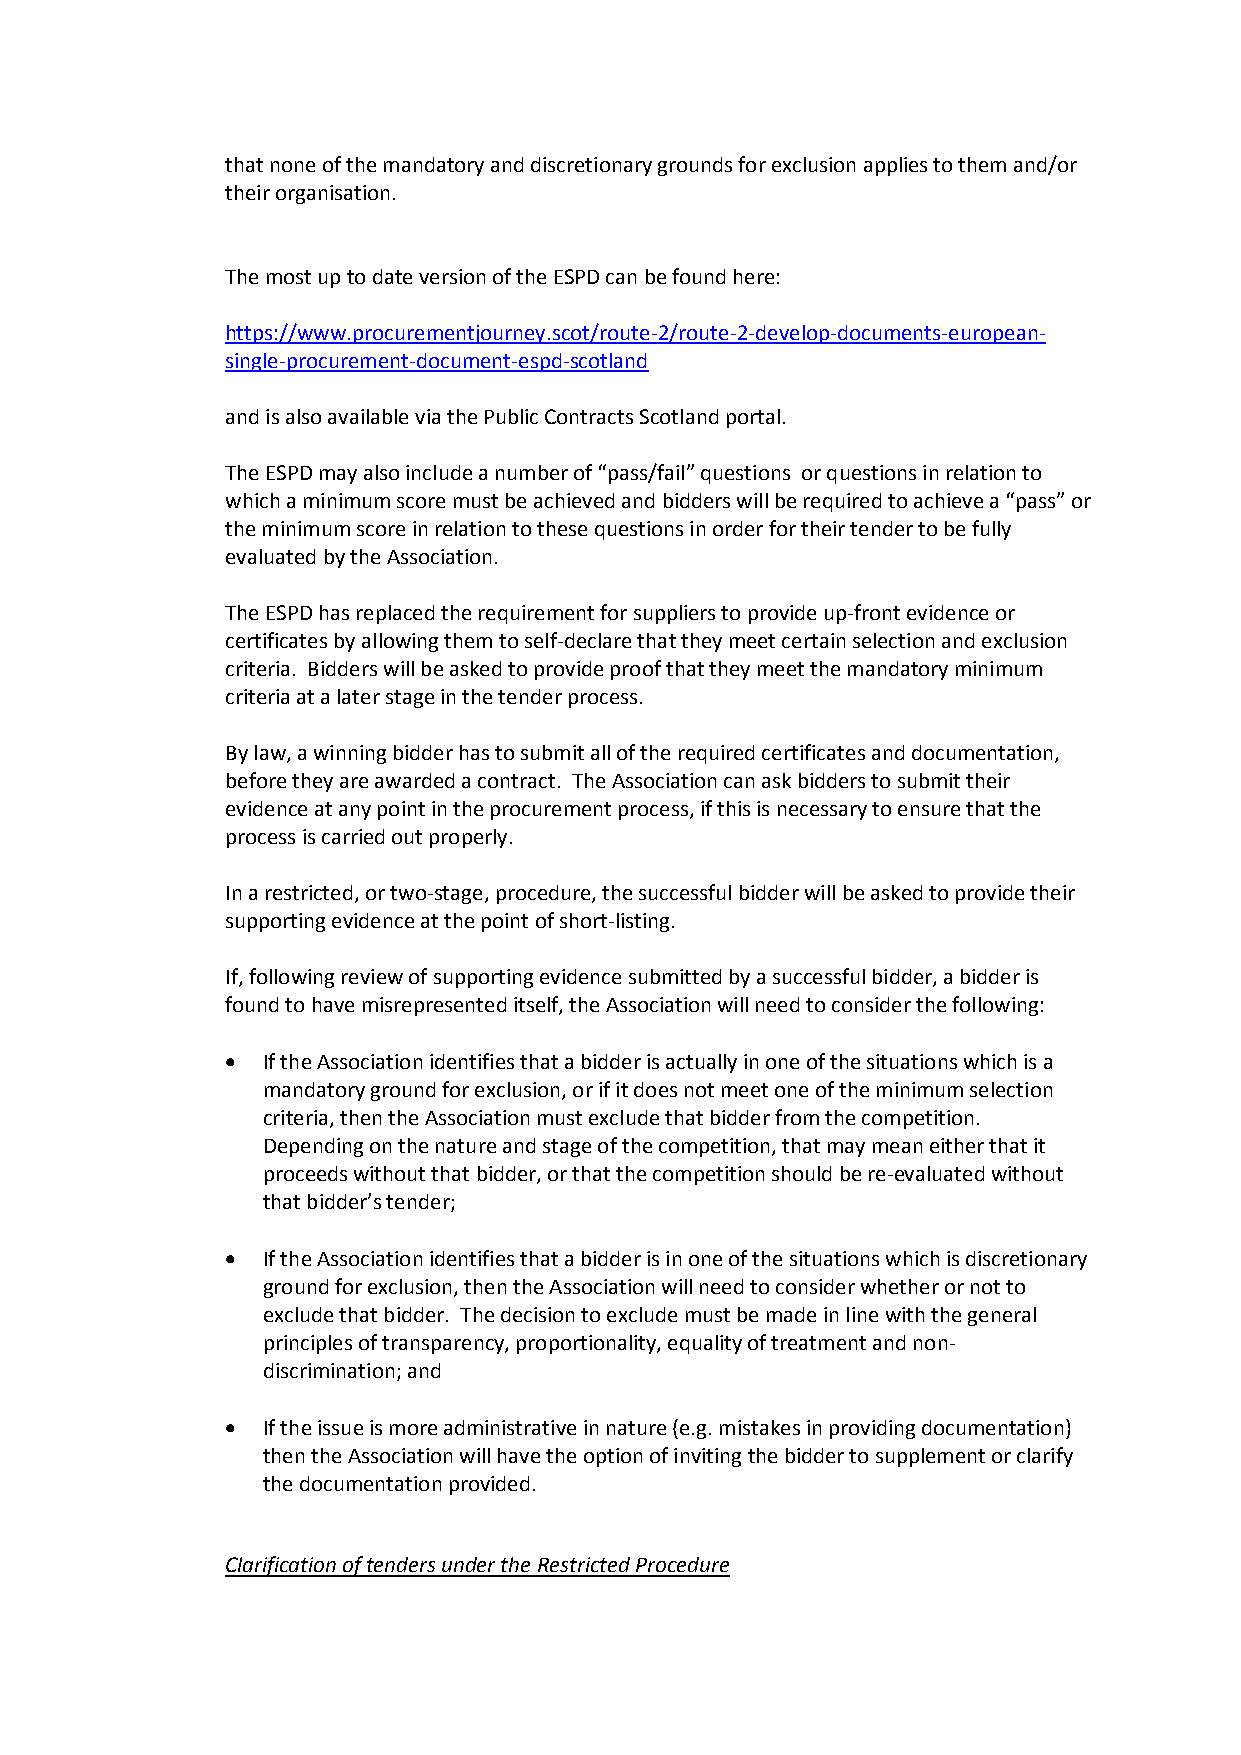
that none of the mandatory and discretionary grounds for exclusion applies to them and/or
 their organisation.
 The most up to date version of the ESPD can be found here:
 https://www.procurementjourney.scot/route-2/route-2-develop-documents-european-
 single-procurement-document-espd-scotland
 and is also available via the Public Contracts Scotland portal.
 The ESPD may also include a number of “pass/fail” questions or questions in relation to
 which a minimum score must be achieved and bidders will be required to achieve a “pass” or
 the minimum score in relation to these questions in order for their tender to be fully
 evaluated by the Association.
 The ESPD has replaced the requirement for suppliers to provide up-front evidence or
 certificates by allowing them to self-declare that they meet certain selection and exclusion
 criteria. Bidders will be asked to provide proof that they meet the mandatory minimum
 criteria at a later stage in the tender process.
 By law, a winning bidder has to submit all of the required certificates and documentation,
 before they are awarded a contract. The Association can ask bidders to submit their
 evidence at any point in the procurement process, if this is necessary to ensure that the
 process is carried out properly.
 In a restricted, or two-stage, procedure, the successful bidder will be asked to provide their
 supporting evidence at the point of short-listing.
 If, following review of supporting evidence submitted by a successful bidder, a bidder is
 found to have misrepresented itself, the Association will need to consider the following:
  If the Association identifies that a bidder is actually in one of the situations which is a
 mandatory ground for exclusion, or if it does not meet one of the minimum selection
 criteria, then the Association must exclude that bidder from the competition.
 Depending on the nature and stage of the competition, that may mean either that it
 proceeds without that bidder, or that the competition should be re-evaluated without
 that bidder’s tender;
  If the Association identifies that a bidder is in one of the situations which is discretionary
 ground for exclusion, then the Association will need to consider whether or not to
 exclude that bidder. The decision to exclude must be made in line with the general
 principles of transparency, proportionality, equality of treatment and non-
 discrimination; and
  If the issue is more administrative in nature (e.g. mistakes in providing documentation)
 then the Association will have the option of inviting the bidder to supplement or clarify
 the documentation provided.
 Clarification of tenders under the Restricted Procedure